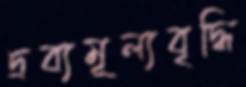
দ্রব্যমূল্যবৃদ্ধি